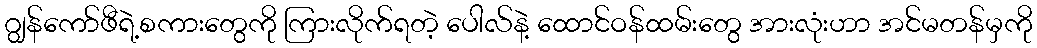
ဂျွန်ကော်ဖီရဲ့စကားတွေကို ကြားလိုက်ရတဲ့ ပေါလ်နဲ့ ထောင်ဝန်ထမ်းတွေ အားလုံးဟာ အင်မတန်မှကို